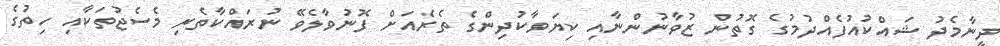
ދީނާމެދު ޝައްކުއުފެއްދުމުގެ ގޮތުން ޒުވާނުންނާއި ކިޔަވާކުދިންގެ ތެރެއަށް ފޮނުވާލެވޭ ނުރައްކާތެރި މެސެޖުތަކާއި ހިތުގެ